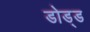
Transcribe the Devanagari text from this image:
डोड्ड